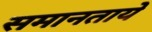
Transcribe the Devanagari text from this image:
समानताये